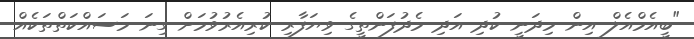
"ބީއެމްއެލް އިން މިދަނީ ކުދި އަދި މެދުފަންތީގެ ވިޔަފާރި ކުރިއެރުވުމަށް ގިނަ މަސައްކަތްތަކެއް